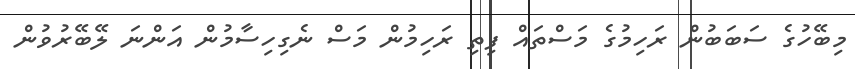
މިބޭހުގެ ސަބަބުން ރަހިމުގެ މަސްތައް ފިތި ރަހިމުން މަސް ނެގިހިސާމުން އަންނަ ލޭބޭރުވުން